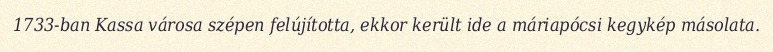
1733-ban Kassa városa szépen felújította, ekkor került ide a máriapócsi kegykép másolata.